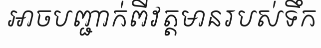
អាចបញ្ជាក់ពីវត្តមានរបស់ទឹក